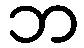
ဘ